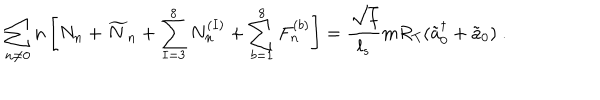
\sum _ { n \neq 0 } n \left[ N _ { n } + \widetilde { N } _ { n } + \sum _ { I = 3 } ^ { 8 } N _ { n } ^ { ( I ) } + \sum _ { b = 1 } ^ { 8 } F _ { n } ^ { ( b ) } \right] = \frac { \sqrt { f } } { l _ { s } } m R _ { T } ( \tilde { a } _ { 0 } ^ { \dagger } + \tilde { a } _ { 0 } ) ~ .